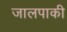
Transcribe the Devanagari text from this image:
जालपाकी